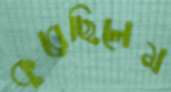
কুরেছিলেম